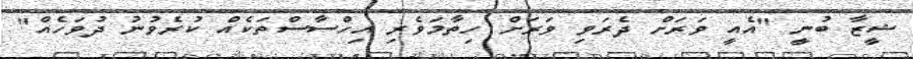
ޝީޒާ ބުނީ "އެއީ ވަރަށް ދެރަވި ވަރަށް ހިތާމަވެރި އިހްސާސްތަކެއް ކުރެވުނު ދުވަހެއް"